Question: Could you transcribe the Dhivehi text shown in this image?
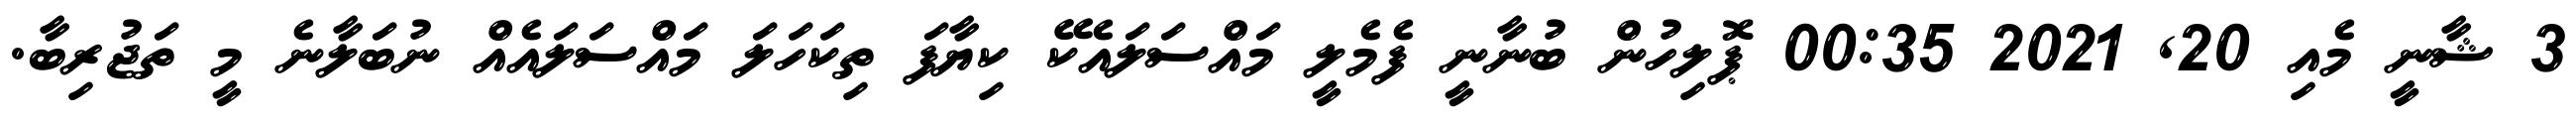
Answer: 3 ޝާނީ މެއި 20, 2021 00:35 ޕޮލިހުން ބުނާނީ ފެމެލީ މައްސަލައެކޭ ކިޔާފަ ތިކަހަލަ މައްސަލައެއް ނުބަލާނެ މީ ތަޖުރިބާ.